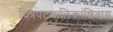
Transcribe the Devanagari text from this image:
चित्रपटमालिकांशिवाय